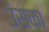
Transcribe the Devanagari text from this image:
उंसका